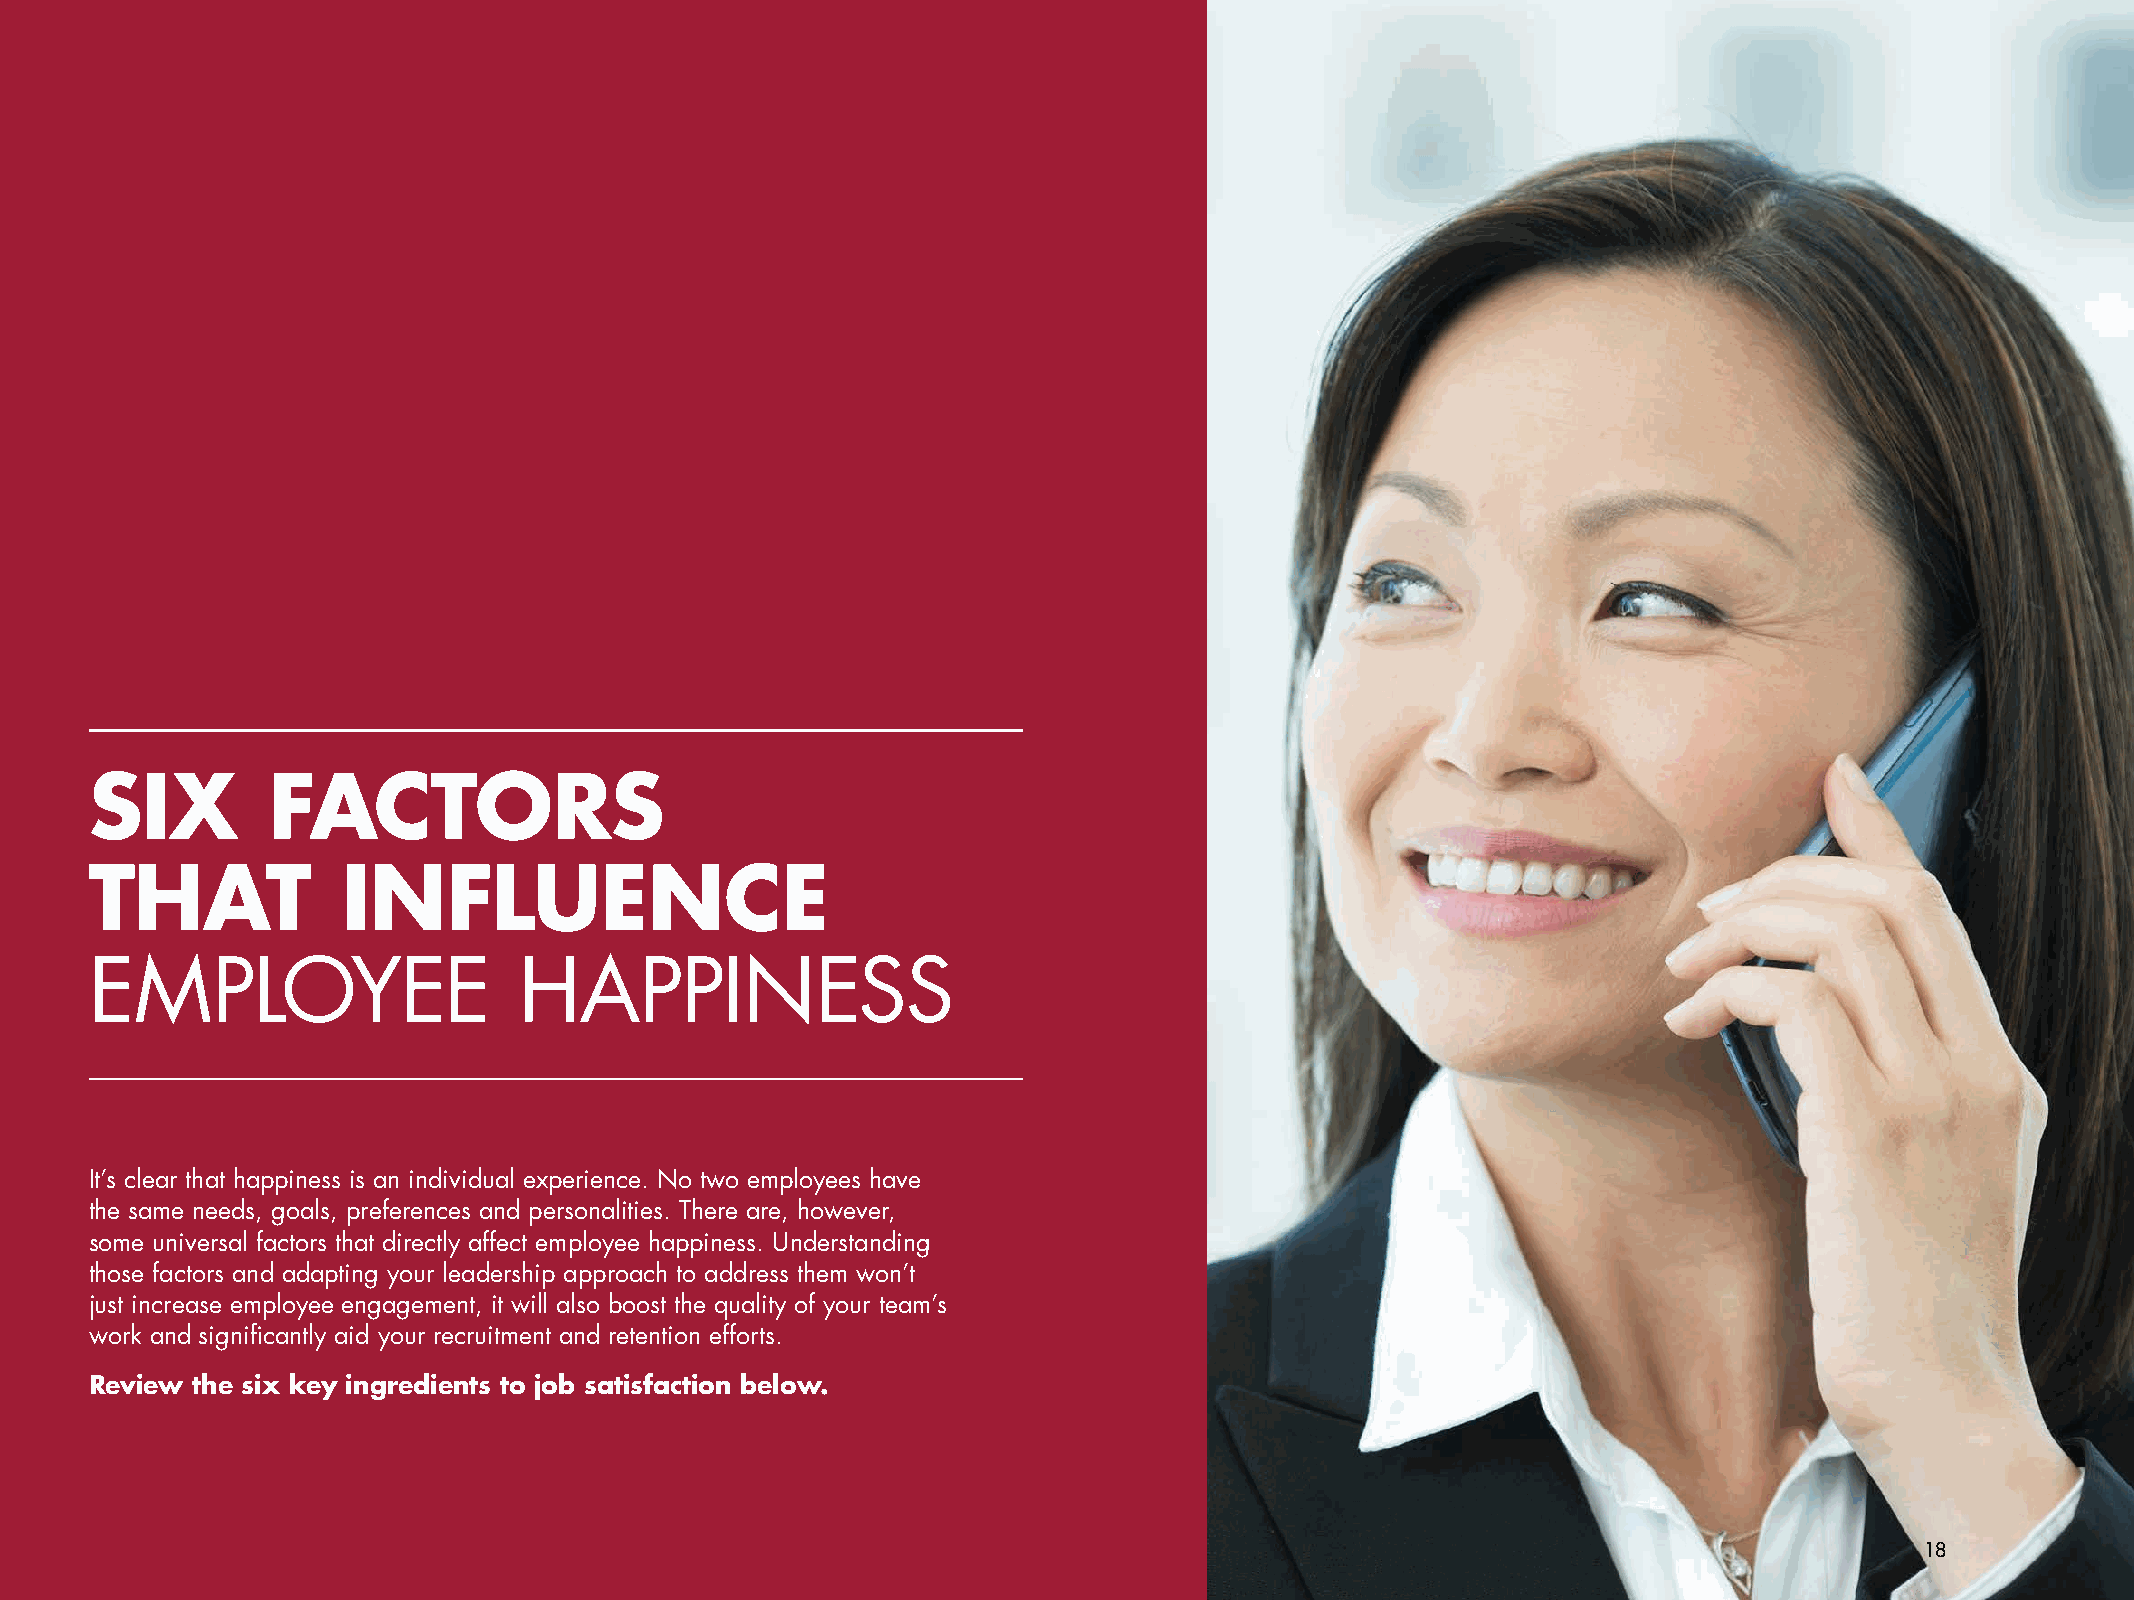
SIX         FACTORS
 THAT             INFLUENCE
 EMPLOYEE                    HAPPINESS
 It’s clear that happiness is an individual experience. No two employees have
 the same needs, goals, preferences and personalities. There are, however,
 some universal factors that directly affect employee happiness. Understanding
 those factors and adapting your leadership approach to address them won’t
 just increase employee engagement, it will also boost the quality of your team’s
 work and significantly aid your recruitment and retention efforts.
 Review the six key ingredients to job satisfaction below.
 18
 ROBERT HALF THE SECRETS OF THE HAPPIEST COMPANIES AND EMPLOYEES